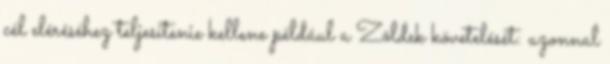
cél eléréséhez teljesítenie kellene például a Zöldek követelését: azonnal